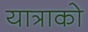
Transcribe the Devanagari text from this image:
यात्राको